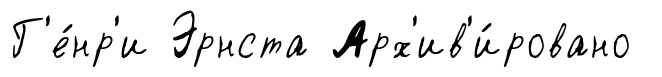
Г'е́нр'и Эрнста Арх'ив'и́ровано